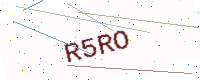
Text: R5RO